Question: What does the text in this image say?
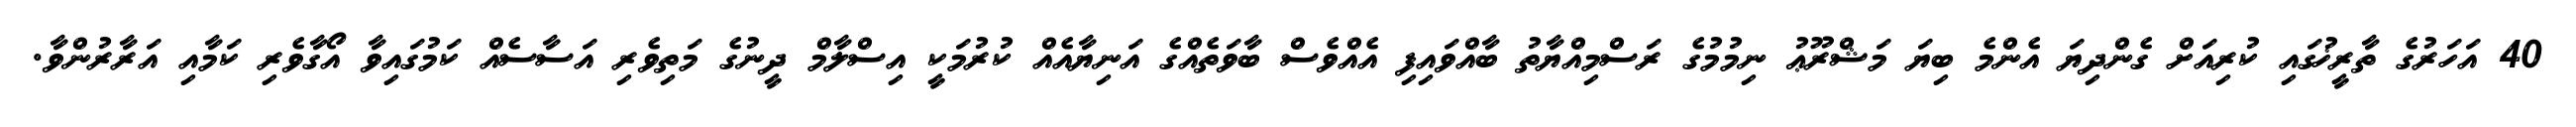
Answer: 40 އަހަރުގެ ތާރީޚުގައި ކުރިއަށް ގެންދިޔަ އެންމެ ބިޔަ މަޝްރޫޢު ނިމުމުގެ ރަސްމިއްޔާތު ބާއްވައިފި އެއްވެސް ބާވަތެއްގެ އަނިޔާއެއް ކުރުމަކީ އިސްލާމް ދީނުގެ މަތިވެރި އަސާސެއް ކަމުގައިވާ އޯގާވެރި ކަމާއި އަރާރުންވާ.